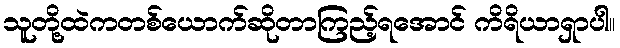
သူတို့ထဲကတစ်ယောက်ဆိုတာကြည့်ရအောင် ကိရိယာရှာပါ။